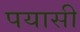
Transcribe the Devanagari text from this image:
पयासी